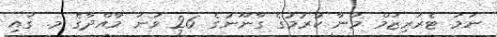
ނަމަ ޓެރަރިޒަމް މަނާ ކުރުމުގެ ގާނޫނުގެ 26 ވަނަ މާއްދާގެ މ. ގައި